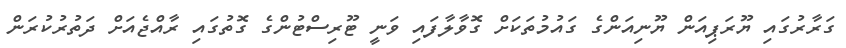
ގަރާރުގައި ޔޫރަޕިއަން ޔޫނިއަންގެ ގައުމުތަކަށް ގޮވާލާފައި ވަނީ ޓޫރިސްޓުންގެ ގޮތުގައި ރާއްޖެއަށް ދަތުރުކުރަން